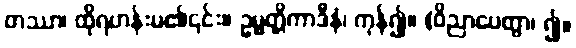
တဿာ၊ ထိုရဟန်းမ၏၎င်း။ ဥမ္မတ္တိကာဒီနံ၊ ကုန်၍။ (ဝိညာပေတွာ၊ ၍။